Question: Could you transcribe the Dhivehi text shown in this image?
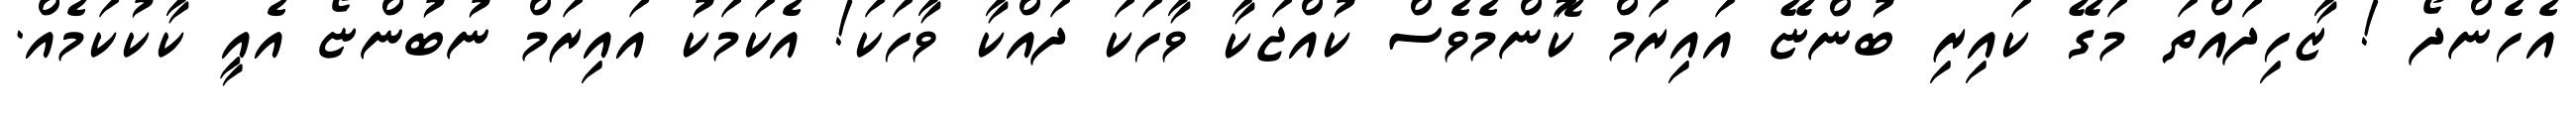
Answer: އެހެންދޯ ! ޒާހިދައްތަ މަގޭ ކައިރި ބުންޏޭ އައިރަމް ކަޮންމެވެސް ކުއްޖަކާ ވާހަކަ ދައްކާ ވާހަކަ! އެކަމަކު އައިރަމް ނުބުންޏޯ އެއީ ކާކުކަމެއް.